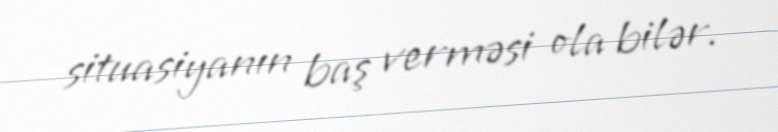
situasiyanın baş verməsi ola bilər.